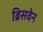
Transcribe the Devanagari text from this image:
ब्रिसवेन